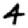
Digit: 4